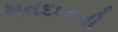
મતદાનની